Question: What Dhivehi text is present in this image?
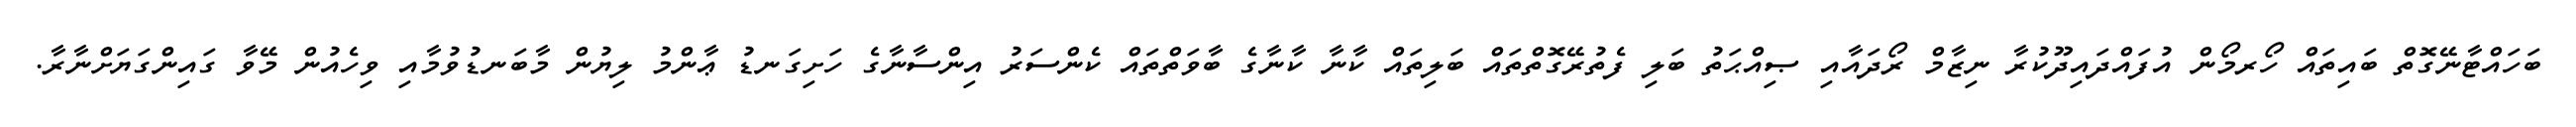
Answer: ބަހައްޓާނޭގޮތް ބައިތައް ހޯރމޯން އުފައްދައިދޫކުރާ ނިޒާމް ރޯދައާއި ޞިއްޙަތު ބަލި ފެތުރޭގޮތްތައް ބަލިތައް ކާނާ ކާނާގެ ބާވަތްތައް ކެންސަރު އިންސާނާގެ ހަށިގަނޑު ޢާންމު ލިޔުން މާބަނޑުވުމާއި ވިހެއުން މޭވާ ގައިންގަޔަށްނާރާ.